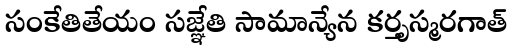
సంకేతితేయం సజ్ఞేతి సామాన్యేన కర్తృస్మరగాత్